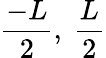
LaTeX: \frac{-L}{2},\ \frac{L}{2}